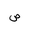
Letter: _sad